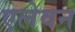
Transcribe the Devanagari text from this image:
एलेवन